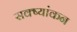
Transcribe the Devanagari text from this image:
सक्ष्यांकन